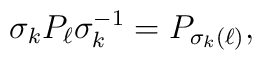
\sigma_k P_\ell \sigma^{-1}_k = P_{\sigma_k(\ell)},